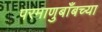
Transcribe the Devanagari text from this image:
परमाणुबाँबच्या